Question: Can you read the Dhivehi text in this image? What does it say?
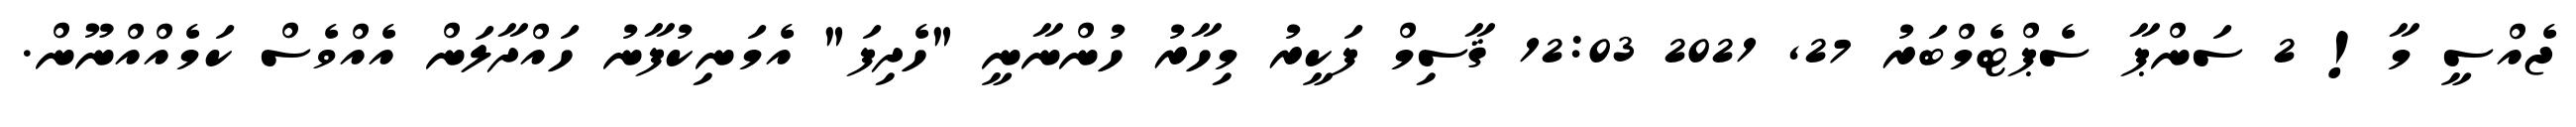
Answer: ޖެއްސީ މާ! 2 ސަންޕާ ސެޕްޓެމްބަރު 27, 2021 12:03 ޤާސިމް ފަކީރު މިހާރު ހުންނާނީ "ހެދިފަ" އެމަނިކުފާނު ހައްދާލަން އެއްވެސް ކަމެއްއްނޫން.